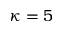
\kappa = 5